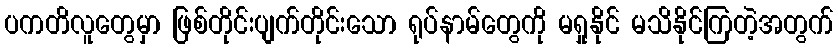
ပကတိလူတွေမှာ ဖြစ်တိုင်းပျက်တိုင်းသော ရုပ်နာမ်တွေကို မရှုနိုင် မသိနိုင်ကြတဲ့အတွက်